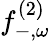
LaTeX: f_{-,\omega}^{(2)}